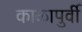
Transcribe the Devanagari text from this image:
काळापुर्वी